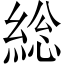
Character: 総